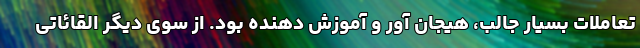
تعاملات بسیار جالب، هیجان آور و آموزش دهنده بود. از سوی دیگر القائاتی